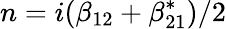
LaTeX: n=i(\beta_{12}+\beta_{21}^{*})/2